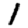
Digit: 1